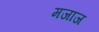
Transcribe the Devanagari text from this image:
मजाज